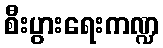
စီးပွားရေးကဏ္ဍ